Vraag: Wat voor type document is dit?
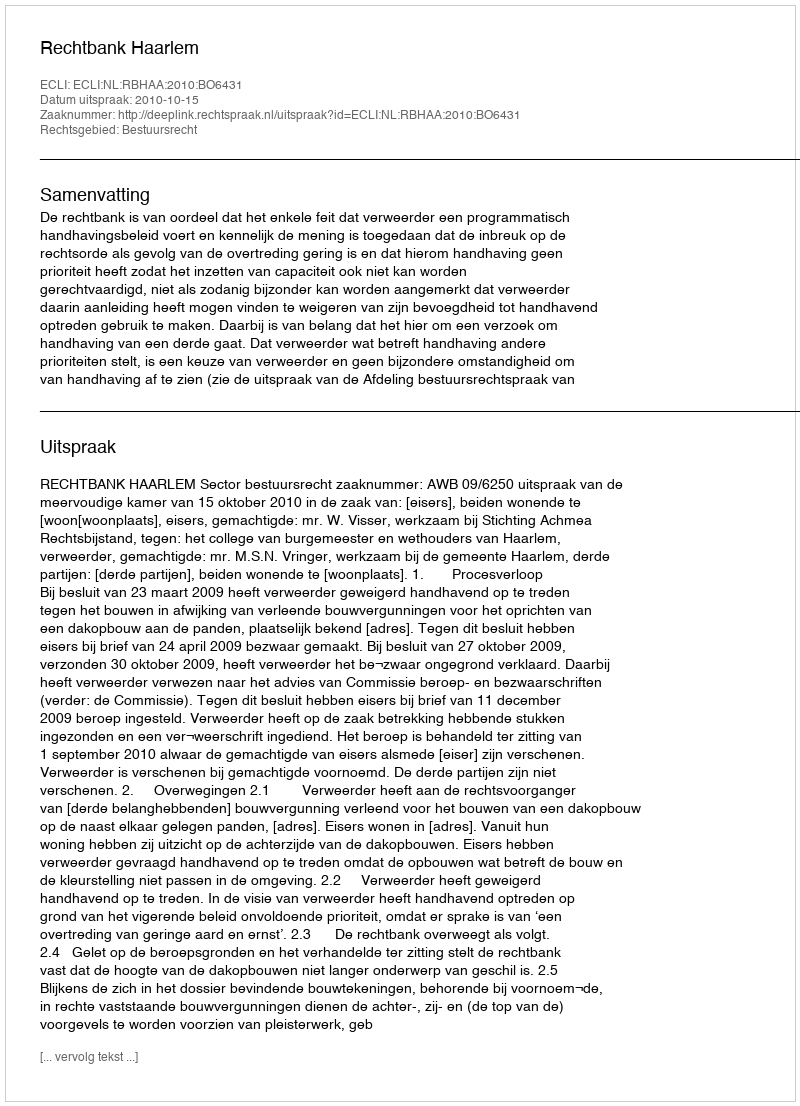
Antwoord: Uitspraak